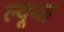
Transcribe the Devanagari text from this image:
ल्यूथा